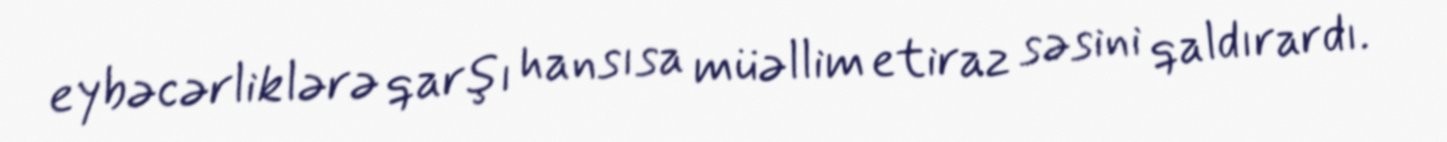
eybəcərliklərə qarşı hansısa müəllim etiraz səsini qaldırardı.